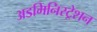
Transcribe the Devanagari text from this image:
अडमिनिस्ट्रेशन